Report of the Indian Hemp Drugs Commission, 1894-1895 - Volume VI
Year: 1894
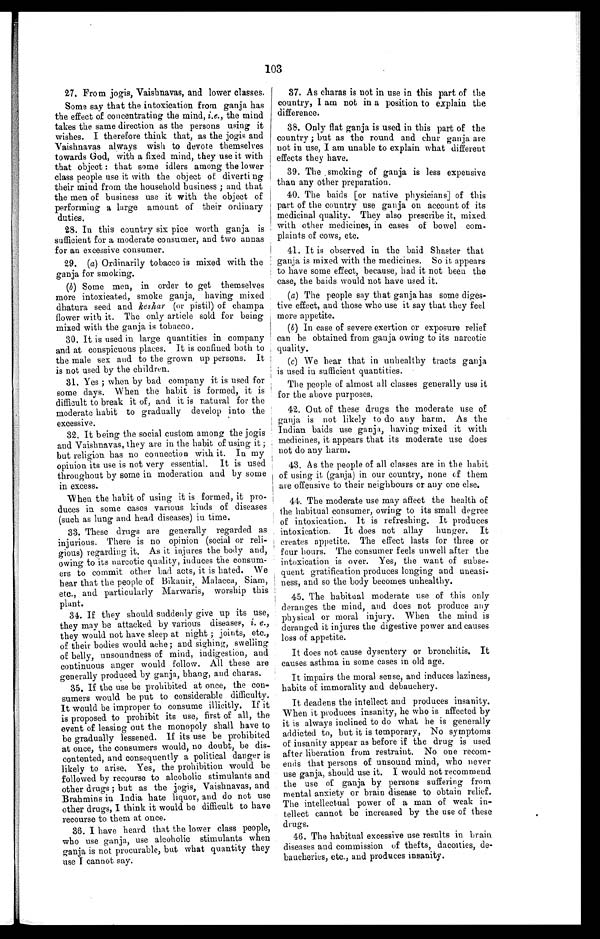
103
27. From jogis, Vaishnavas, and lower classes.
Some say that the intoxication from ganja has
the effect of concentrating the mind, i.e., the mind
takes the same direction as the persons using it
wishes. I therefore think that, as the jogis and
Vaishnavas always wish to devote themselves
towards God, with a fixed mind, they use it with
that object: that some idlers among the lower
class people use it with the object of diverting
their mind from the household business; and that
the men of business use it with the object of
performing a large amount of their ordinary
duties.
28. In this country six pice worth ganja is
sufficient for a moderate consumer, and two annas
for an excessive consumer.
29. (a) Ordinarily tobacco is mixed with the
ganja for smoking.
(b) Some men, in order to get themselves
more intoxicated, smoke ganja, having mixed
dhatura seed and keskar (or pistil) of champa
flower with it. The only article sold for being
mixed with the ganja is tobacco.
30. It is used in large quantities in company
and at conspicuous places. It is confined both to
the male sex and to the grown up persons. It
is not used by the children.
31. Yes; when by bad company it is used for
some days. When the habit is formed, it is
difficult to break it of, and it is natural for the
moderate habit to gradually develop into the
excessive.
32. It being the social custom among the jogis
and Vaishnavas, they are in the habit of using it;
but religion has no connection with it. In my
opinion its use is not very essential. It is used
throughout by some in moderation and by some
in excess.
When the habit of using it is formed, it pro
- d u c e s i n s o m e c a s e s v a r i o u s k i n d s o f d i s e a s e s
(such as lung and head diseases) in time.
33. These drugs are generally regarded as
injurious. There is no opinion (social or reli
- g i o u s ) r e g a r d i n g i t . A s i t i n j u r e s t h e b o d y a n d ,
owing to its narcotic quality, induces the consum
- e r s t o c o m m i t o t h e r b a d a c t s , i t i s h a t e d . W e
hear that the people of Bikanir, Malacca, Siam,
etc., and particularly Marwaris, worship this
plant.
34. If they should suddenly give up its use,
they may be attacked by various diseases, i. e.,
they would not have sleep at night; joints, etc.,
of their bodies would ache; and sighing, swelling
of belly, unsoundness of mind, indigestion, and
continuous anger would follow. All these are
generally produced by ganja, bhang, and charas.
35. If the use be prohibited at once, the con
- s u m e r s w o u l d b e p u t t o c o n s i d e r a b l e d i f f i c u l t y .
It would be improper to consume illicitly. If it
is proposed to prohibit its use, first of all, the
event of leasing out the monopoly shall have to
be gradually lessened. If its use be prohibited
at once, the consumers would, no doubt, be dis
-contented, and consequently a political danger is
likely to arise. Yes, the prohibition would be
followed by recourse to alcoholic stimulants and
other drugs; but as the jogis, Vaishnavas, and
Brahmins in India hate liquor, and do not use
other drugs, I think it would be difficult to have
recourse to them at once.
36. I have heard that the lower class people,
who use ganja, use alcoholic stimulants when
ganja is not procurable, but what quantity they
use I cannot say.
37. As charas is not in use in this part of the
country, I am not in a position to explain the
difference.
38. Only flat ganja is used in this part of the
country; but as the round and chug ganja are
not in use, I am unable to explain what different
effects they have.
39. The smoking of ganja is less expensive
than any other preparation.
40. The baids [or native physicians] of this
part of the country use ganja on account of its
medicinal quality. They also prescribe it, mixed
with other medicines, in cases of bowel com
- p l a i n t s o f c o w s , e t c .
41. It is observed in the baid Shaster that
ganja is mixed with the medicines. So it appears
to have some effect, because, had it not been the
case, the baids would not have used it.
(a) The people say that ganja has some diges
- t i v e e f f e c t , a n d t h o s e w h o u s e i t s a y t h a t t h e y f e e l
more appetite.
( b) In case of severe exertion or exposure relief
can be obtained from ganja owing to its narcotic
quality.
(c) We hear that in unhealthy tracts ganja
is used in sufficient quantities
.
The people of almost all classes generally use it
for the above purposes.
42. Out of these drugs the moderate use of
ganja is not likely to do any harm. As the
Indian baids use ganja, having mixed it with
medicines, it appears that its moderate use does
not do any harm.
43. As the people of all classes are in the habit
of using it (ganja) in our country, none of them
are offensive to their neighbours or any one else.
44. The moderate use may affect the health of
the habitual consumer, owing to its small degree
of intoxication. It is refreshing. It produces
intoxication. It does not allay hunger. It
creates appetite. The effect lasts for three or
four hours. The consumer feels unwell after the
intoxication is over. Yes, the want of subse
-quent gratification produces longing and uneasi
- n e s s , a n d s o t h e b o d y b e c o m e s u n h e a l t h y .
45. The habitual moderate use of this only
deranges the mind, and does not produce any
physical or moral injury. When the mind is
deranged it injures the digestive power and causes
loss of appetite.
It does not cause dysentery or bronchitis. It
causes asthma in some cases in old age.
It impairs the moral sense, and induces laziness,
habits of immorality and debauchery.
It deadens the intellect and produces insanity.
When it produces insanity, he who is affected by
it is always inclined to do what he is generally
addicted to, but it is temporary, No symptoms
of insanity appear as before if the drug is used
after liberation from restraint. No one recom
- e n d s t h a t p e r s o n s o f u n s o u n d m i n d , w h o n e v e r
use ganja, should use it. I would not recommend
the use of ganja by persons suffering from
mental anxiety or brain disease to obtain relief.
The intellectual power of a man of weak in
- t e l l e c t c a n n o t b e i n c r e a s e d b y t h e u s e o f t h e s e
drugs.
46. The habitual excessive use results in brain
diseases and commission of thefts, dacoities, de
- b a u c h e r i e s , e t c . , a n d p r o d u c e s i n s a n i t y .